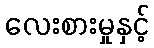
လေးစားမှုနှင့်